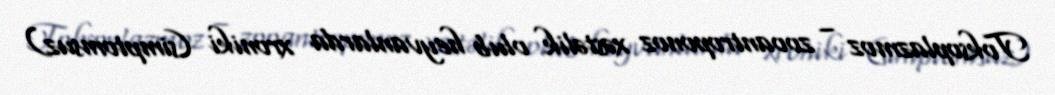
Toksoplazmoz – zooantroponoz xəstəlik olub heyvanlarda xroniki (simptomsuz)